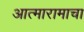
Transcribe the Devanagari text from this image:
आत्मारामाचा